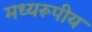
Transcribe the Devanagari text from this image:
मध्यरूपीय